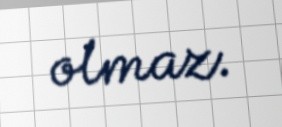
olmaz.